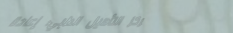
مركز التأهيل الطبي: إعادة